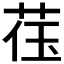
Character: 𬜳